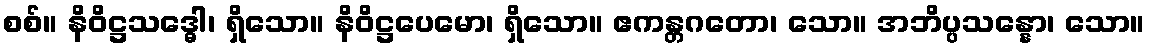
စစ်။ နိဝိဋ္ဌသဒ္ဓေါ၊ ရှိသော။ နိဝိဋ္ဌပေမော၊ ရှိသော။ ဧကန္တဂတော၊ သော။ အဘိပ္ပသန္နော၊ သော။